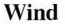
Wind